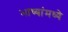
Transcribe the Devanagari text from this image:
भाष्यांमध्ये